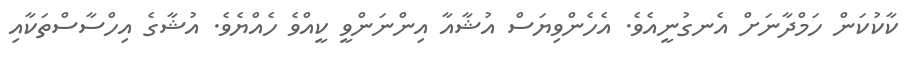
ކާކުކަން ހަމްދާނަށް އެނގުނީއެވެ. އެހެންވިޔަސް އުޝާއާ އިންނަންވީ ކީއްވެ ހެއްޔެވެ. އުޝާގެ އިހްސާސްތަކާއި